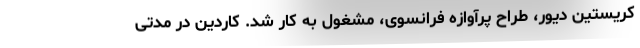
کریستین دیور، طراح پرآوازه فرانسوی، مشغول به کار شد. کاردین در مدتی